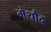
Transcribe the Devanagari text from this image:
मेथौद